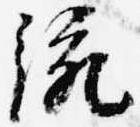
統